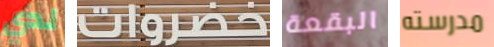
لدي خضراوات البقعة مدرسته